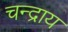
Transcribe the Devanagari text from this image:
चन्द्राय